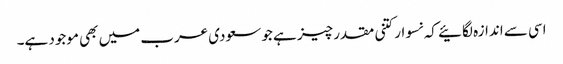
اسی سے اندازہ لگائیے کہ نسوار کتنی مقدر چیز ہے جو سعودی عرب میں بھی موجود ہے۔